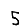
Digit: 5